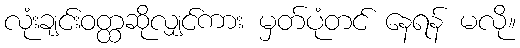
လုံးချင်းဝတ္ထဆိုလျှင်ကား မှတ်ပုံတင် နေရန် မလို။